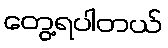
တွေ့ရပါတယ်